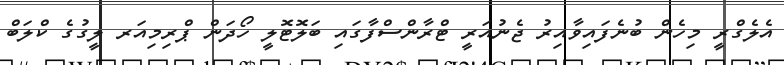
އެލެގްރީ މިހެން ބުނެފައިވާއިރު ޖެނުއަރީ ޓްރާންސްފާގައި ބަލޮޓޮލީ ހޯދަން ޕްރިމިއަރ ލީގުގެ ކްލަބް